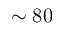
\sim 8 0